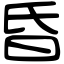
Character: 昏